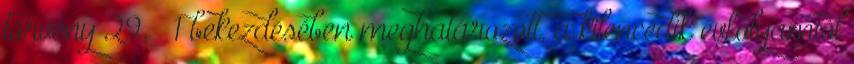
törvény 29. § 1 bekezdésében meghatározott, a kilencedik évfolyamtól